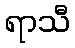
ရာသီ